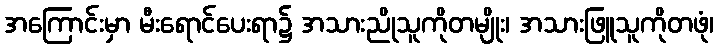
အကြောင်းမှာ မီးရောင်ပေးရာ၌ အသားညိုသူကိုတမျိုး၊ အသားဖြူသူကိုတဖုံ၊